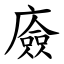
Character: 㢛